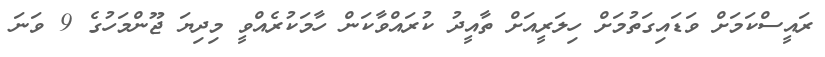
ރައީސްކަމަށް ވަޑައިގަތުމަށް ހިލަރީއަށް ތާއީދު ކުރައްވާކަން ހާމަކުރެއްވީ މިދިޔަ ޖޫންމަހުގެ 9 ވަނަ